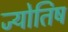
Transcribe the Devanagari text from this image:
ज्योतिष